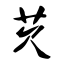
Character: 芡